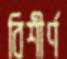
বিশীর্ণ